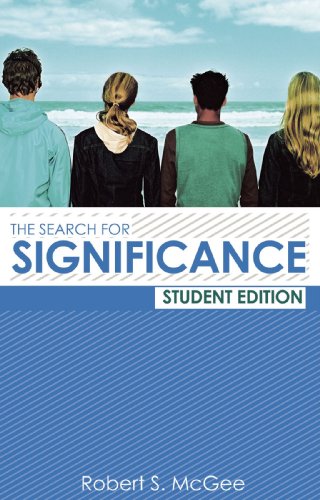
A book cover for The Search for Significance Student Edition; Robert McGee; Christian Books & Bibles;